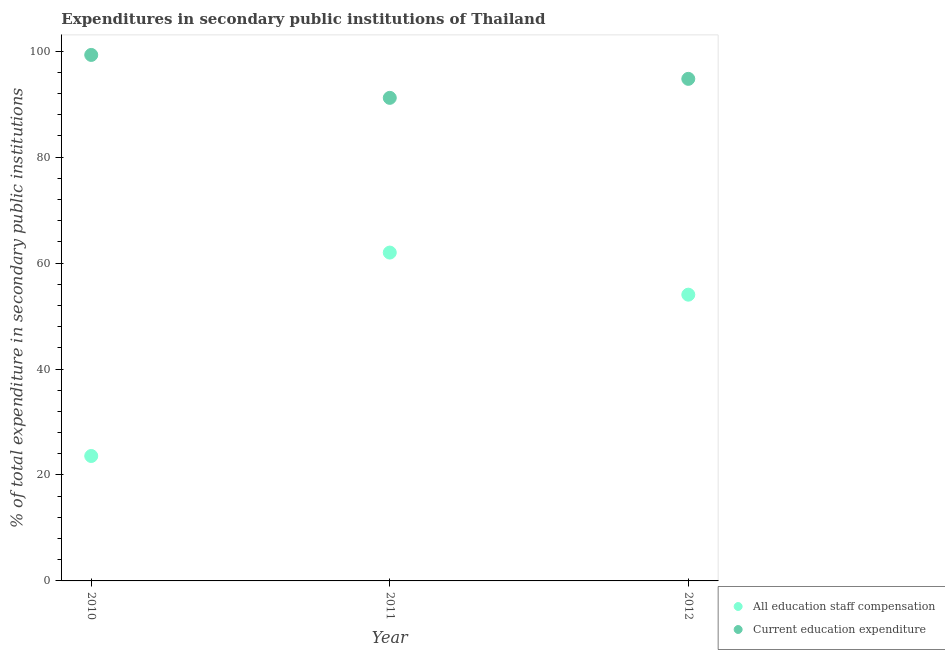
| Year | All education staff compensation | Current education expenditure |
 | --- | --- | --- |
 | 2010 | 23.6 | 99.3 |
 | 2011 | 62 | 91.2 |
 | 2012 | 54 | 94.8 |